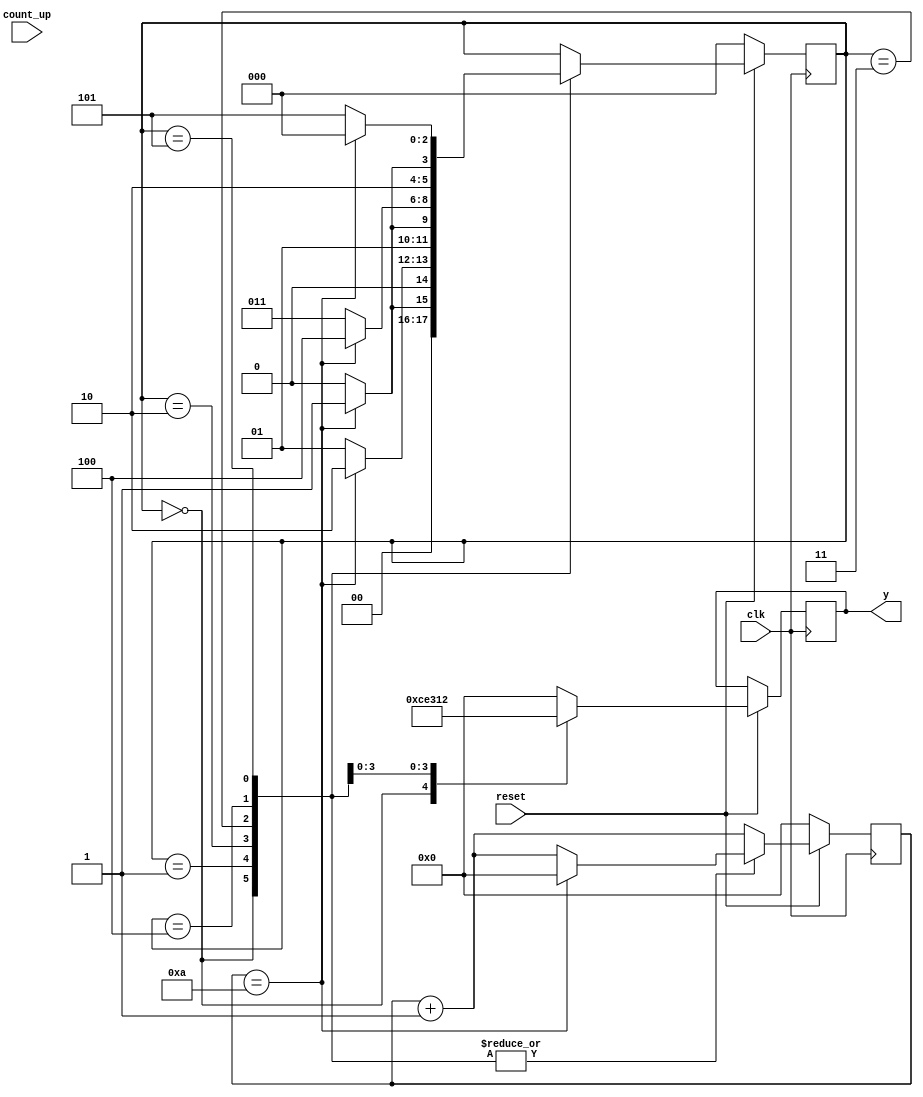
module Project_COE312(input clk, input reset,input count_up , output reg [3:0] y);//By Mohammad Yaser Ammar | 3704975 | April / 2020
reg [2:0]state;
parameter S0=0,S1=1,S2=2,S3=3,S4=4,S5=5; //we have 6 state ; because initially letter in State 0
reg[3:0] count;//Counter 10 times ; then need 4-bit | Need condtion max in 10 ; count 1 to 10

always@(posedge clk)begin
  if (reset == 0) begin
   count = 0;
   state <= S0;//System starts from the initial state
end
   else begin
	count <= count + 1; //counter 
		case (state)
		S0:begin
		if(count == 10) begin //to wait count from 1 to 10
			count <= 0;
			state<=S1;
			end
			else begin
			state<=S0; end
			y<='hC;end//value directly in hexadecimal			
		S1:begin
		if(count == 10) begin
		   count <= 0;
			state<=S2; end
			else begin
			state<=S1; end
			y<='h0;end
			
		S2:begin
		if(count == 10)begin
			count <= 0;
			state<=S3;end
			else begin
			state<=S2;end
			y<='hE;end
			
		S3:begin
		if(count == 10) begin
			count <= 0;
			state<=S4;end
			else begin
			state<=S3;end
			y<='h3;end
			
		S4:begin
		if(count == 10)begin
			count <= 0;
			state<=S5;end
			else begin
			state<=S4;end
			y<='h1;
			end
		
		S5:begin
		if(count == 10) begin
			count <= 0;
			state<=S0;end //to back repeat to C
			else begin
			state<=S5;end
			y<='h2;
			end
		default:
			y<=0;
		endcase 
		end
end
endmodule